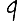
Digit: 9